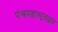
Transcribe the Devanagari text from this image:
पंचमहाभूतव्रत